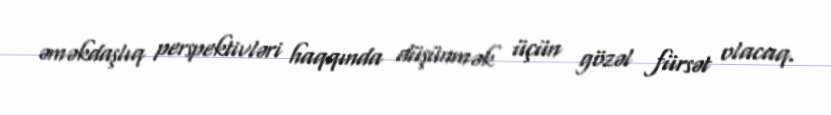
əməkdaşlıq perspektivləri haqqında düşünmək üçün gözəl fürsət olacaq.